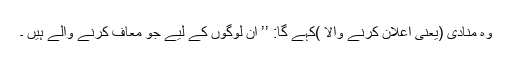
وہ مُنادی (یعنی اعلان کرنے والا )کہے گا: ’’ ان لوگوں کے لیے جو مُعاف کرنے والے ہیں ۔